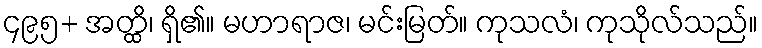
၄၉၅+ အတ္ထိ၊ ရှိ၏။ မဟာရာဇ၊ မင်းမြတ်။ ကုသလံ၊ ကုသိုလ်သည်။